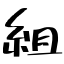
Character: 組